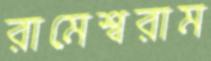
রামেশ্বরাম